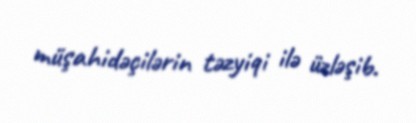
müşahidəçilərin təzyiqi ilə üzləşib.